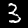
Label: 3